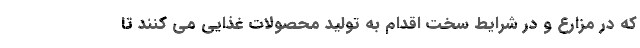
که در مزارع و در شرایط سخت اقدام به تولید محصولات غذایی می کنند تا